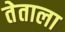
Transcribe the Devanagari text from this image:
तेताला